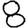
Digit: 8